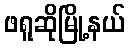
ဖရူဆိုမြို့နယ်